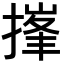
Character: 𪮘